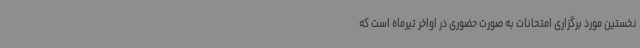
نخستین مورد برگزاری امتحانات به صورت حضوری در اواخر تیرماه است که